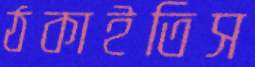
ঠকাইতিস